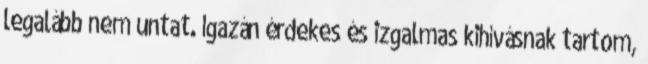
legalább nem untat. Igazán érdekes és izgalmas kihívásnak tartom,